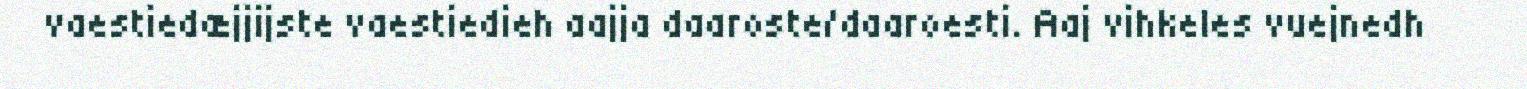
vaestiedæjjijste vaestiedieh aajja daaroste/daaroesti. Aaj vihkeles vuejnedh